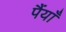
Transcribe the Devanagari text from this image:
पैंयाँ